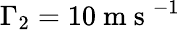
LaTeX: \Gamma_{2}=10\mathrm{~m~s~}^{-1}